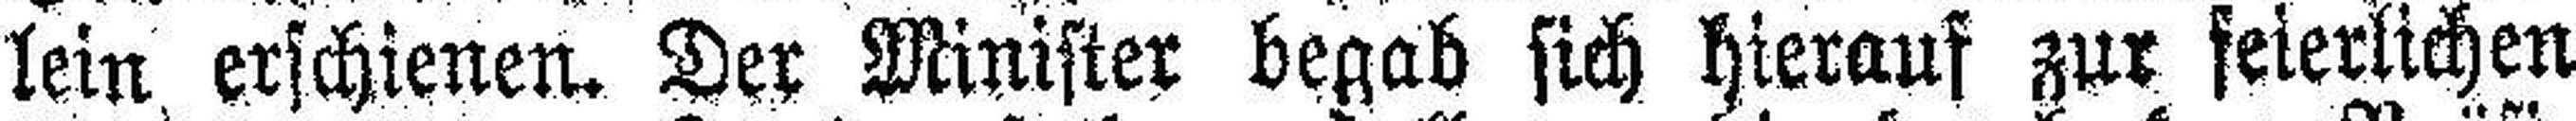
lein erschienen. Der Minister begab sich hieraus zur feierlichen